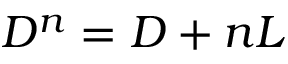
D ^ { n } = D + n L